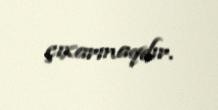
çıxarmaqdır.